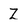
Character: Z